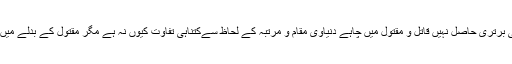
قصاص کے نفاذ میں کسی کو کسی پر کوئی برتری حاصل نہیں قاتل و مقتول میں چاہے دنیاوی مقام و مرتبہ کے لحاظ سےکتناہی تفاوت کیوں نہ ہے مگر مقتول کے بدلے میں قاتل کو اپنی جان سے ہاتھ دھونا پڑیں گے۔